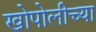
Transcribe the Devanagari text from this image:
खोपोलीच्या